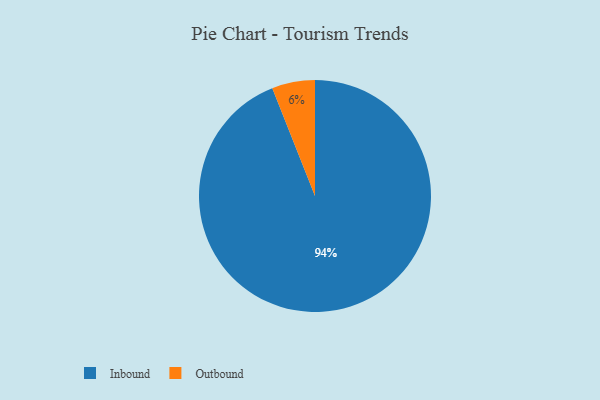
{"axis": {"x": "Category", "y": "Percentage"}, "legend": ["Inbound", "Outbound"], "data": [{"x": "Inbound", "y": 94, "type": "Inbound"}, {"x": "Outbound", "y": 6, "type": "Outbound"}]}